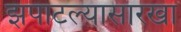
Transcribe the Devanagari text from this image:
झपाटल्यासारखा